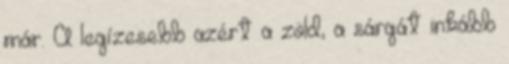
már. A legízesebb azért a zöld, a sárgát inkább